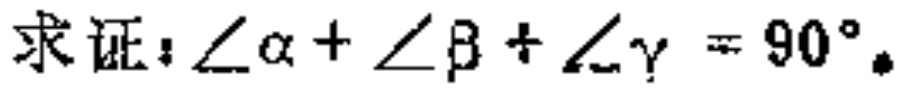
求证：\(\angle\alpha + \angle\beta + \angle\gamma = 90^{\circ}\)。